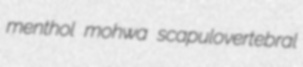
menthol mohwa scapulovertebral